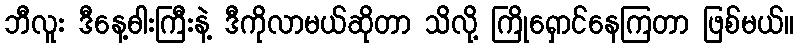
ဘီလူး ဒီနေ့ဓါးကြီးနဲ့ ဒီကိုလာမယ်ဆိုတာ သိလို့ ကြိုရှောင်နေကြတာ ဖြစ်မယ်။